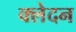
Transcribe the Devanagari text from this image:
क्‍लेदन